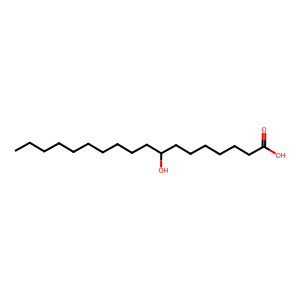
SMILES: CCCCCCCCCCC(O)CCCCCCC(=O)O
Inhibits HIV replication: No